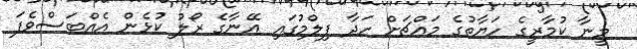
މީނާ ކުމާރީގެ ހަޔާތުގެ މައްޗަށް ހަދާ ފިލްމުގައި އޭނާގެ ރޯލު ކުޅެން އެއްބަސްވެފަ